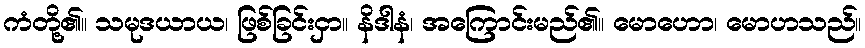
ကံတို့၏။ သမုဒယာယ၊ ဖြစ်ခြင်းငှာ။ နိဒါနံ၊ အကြောင်းမည်၏။ မောဟော၊ မောဟသည်။